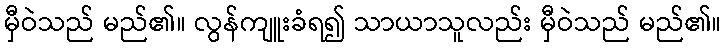
မှီဝဲသည် မည်၏။ လွန်ကျူးခံရ၍ သာယာသူလည်း မှီဝဲသည် မည်၏။